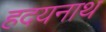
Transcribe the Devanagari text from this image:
हदयनाथ